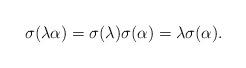
LaTeX: \begin{align*}\sigma(\lambda\alpha)=\sigma(\lambda)\sigma(\alpha)=\lambda\sigma(\alpha).\end{align*}